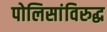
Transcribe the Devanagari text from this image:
पोलिसांविरुद्ध